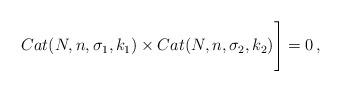
LaTeX: \begin{align*}Cat(N,n,\sigma_1,k_1)\times Cat(N,n,\sigma_2,k_2)\Biggr]=0\,,\end{align*}